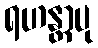
ရဟန္တာပု